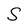
Character: S